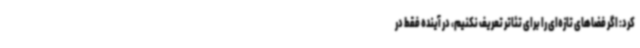
کرد: اگر فضاهای تازه‌ای را برای تئاتر تعریف نکنیم، در آینده فقط در